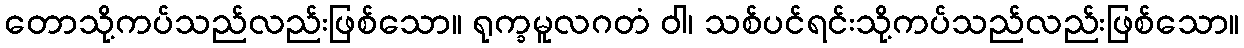
တောသို့ကပ်သည်လည်းဖြစ်သော။ ရုက္ခမူလဂတံ ဝါ၊ သစ်ပင်ရင်းသို့ကပ်သည်လည်းဖြစ်သော။